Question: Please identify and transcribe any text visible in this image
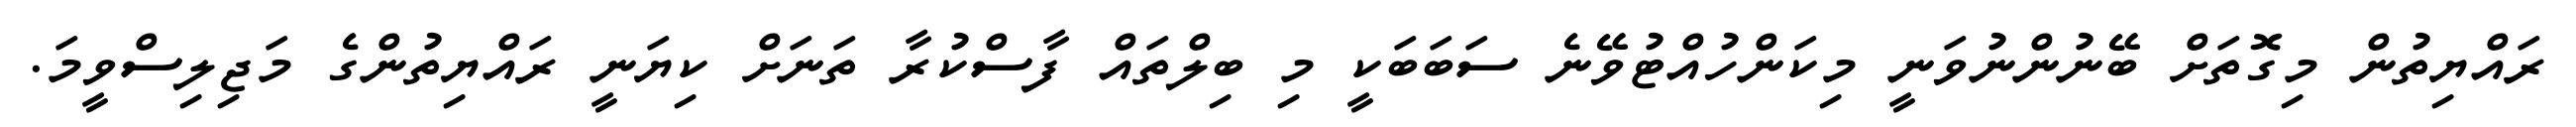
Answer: ރައްޔިތުން މިގޮތަށް ބޭނުންނުވަނީ މިކަންހުއްޓުވޭނެ ސަބަބަކީ މި ބިލްތައް ފާސްކުރާ ތަނަށް ކިޔަނީ ރައްޔިތުންގެ މަޖިލިސްވީމަ.